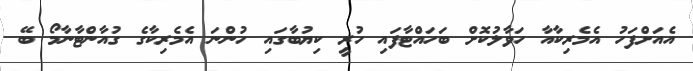
އެއަށްފަހު އެމެރިކާއާ ހަވާލުކޮށް ބަހައްޓާފައި ހުރީ ކިޔުބާގައި ހުންނަ އެމެރިކާގެ ގުއާންޓާނާމޯ ބޭ